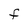
Character: F